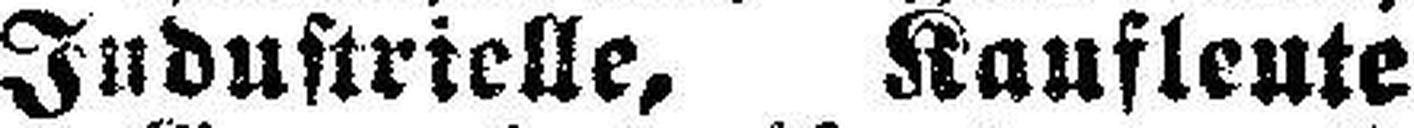
Industrielle, Kaufleute